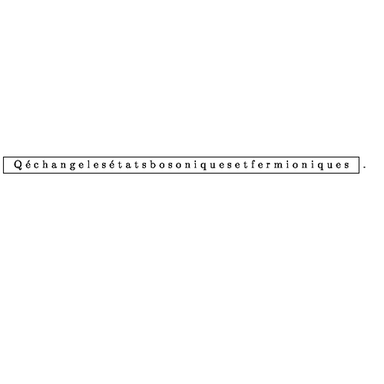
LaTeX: \fbox { \mathrm { Q \' e c h a n g e l e s \' e t a t s b o s o n i q u e s e t f e r m i o n i q u e s } } \ .